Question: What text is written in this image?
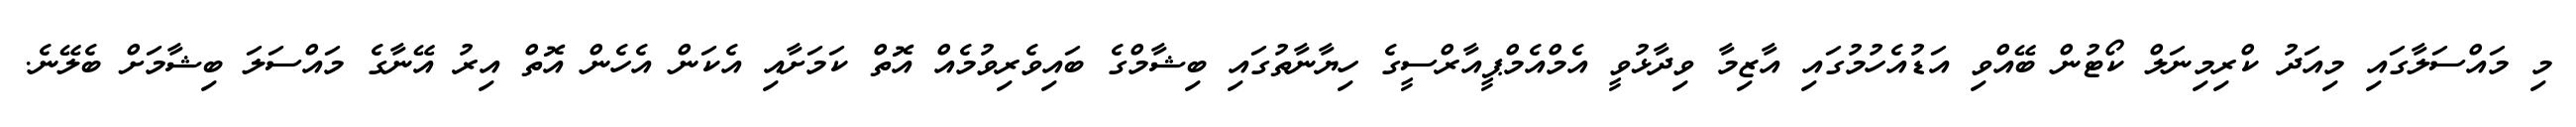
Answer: މި މައްސަލާގައި މިއަދު ކްރިމިނަލް ކޯޓުން ބޭއްވި އަޑުއެހުމުގައި އާޒިމާ ވިދާޅުވީ އެމްއެމްޕީއާރްސީގެ ހިޔާނާތުގައި ބިޝާމްގެ ބައިވެރިވުމެއް އޮތް ކަމަށާއި އެކަން އެހެން އޮތް އިރު އޭނާގެ މައްސަލަ ބިޝާމަށް ބެލޭނެ.